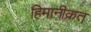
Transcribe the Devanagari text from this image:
हिमानीक्रत